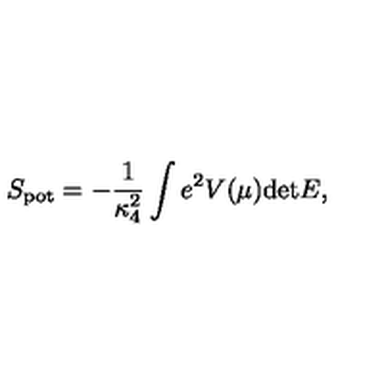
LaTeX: S _ { \mathrm { p o t } } = - { \frac { 1 } { \kappa _ { 4 } ^ { 2 } } } \int e ^ { 2 } V ( \mu ) \mathrm { d e t } E ,